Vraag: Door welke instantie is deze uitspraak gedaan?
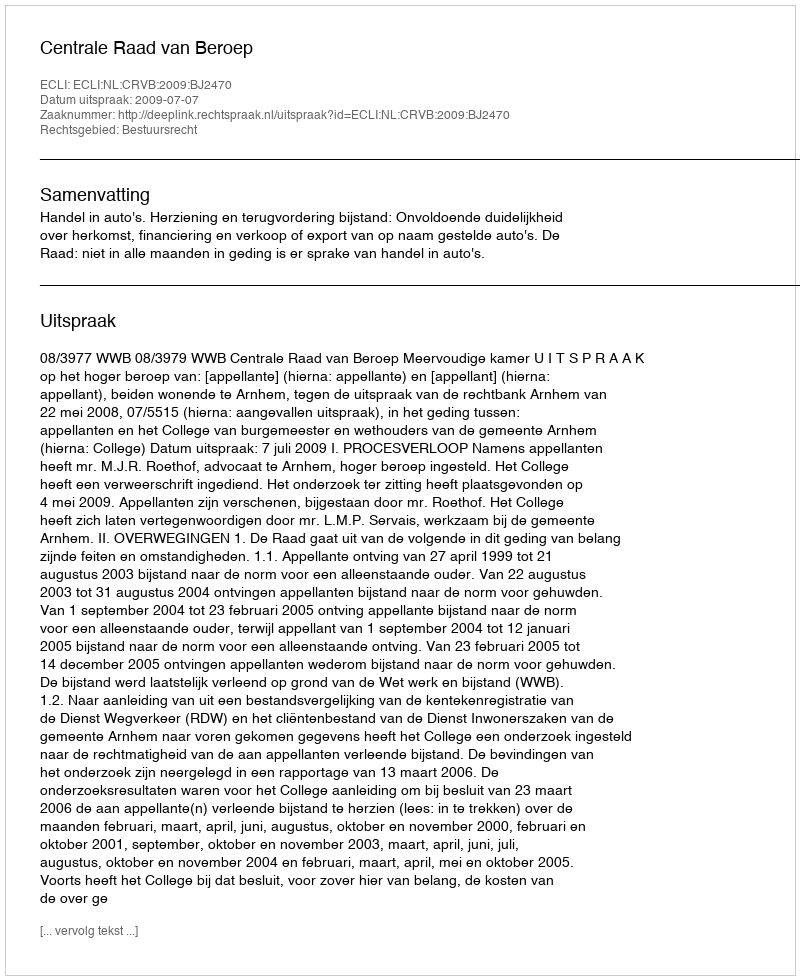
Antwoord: Centrale Raad van Beroep